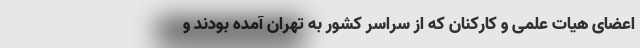
اعضای هیات علمی و کارکنان که از سراسر کشور به تهران آمده بودند و